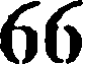
66